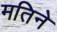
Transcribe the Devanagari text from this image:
मतिने